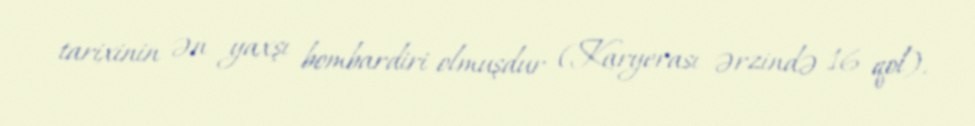
tarixinin ən yaxşı bombardiri olmuşdur (Karyerası ərzində 16 qol).